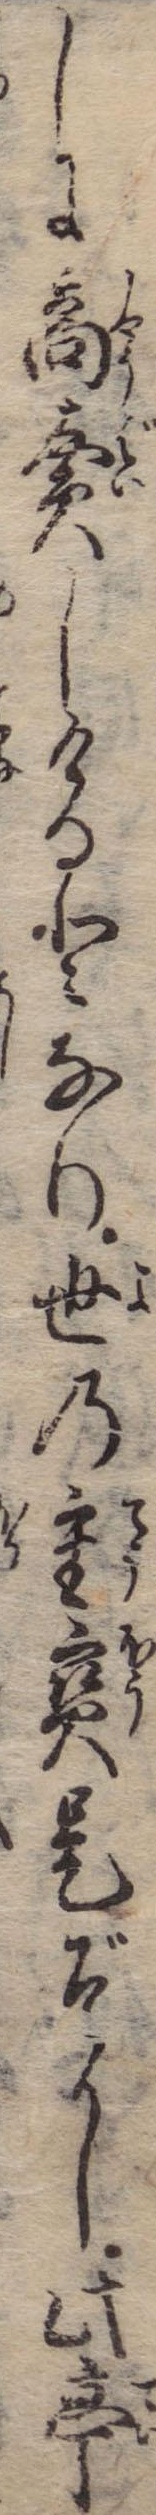
しに商売しけるとなり世の重宝是ぞかし此亭